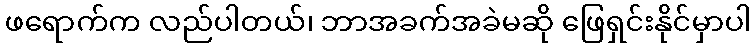
ဖရောက်က လည်ပါတယ်၊ ဘာအခက်အခဲမဆို ဖြေရှင်းနိုင်မှာပါ